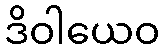
ဒိဝါယေဝ